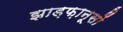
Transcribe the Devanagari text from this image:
झाड़फ़ानूसों